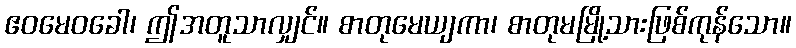
ဧဝမေဝခေါ၊ ဤအတူသာလျှင်။ စာတုမေယျကာ၊ စာတုမမြို့သားဖြစ်ကုန်သော။